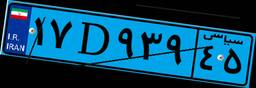
۱۷D۹۳۹۴۵